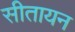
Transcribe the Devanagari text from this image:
सीतायन